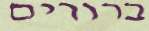
ברורים